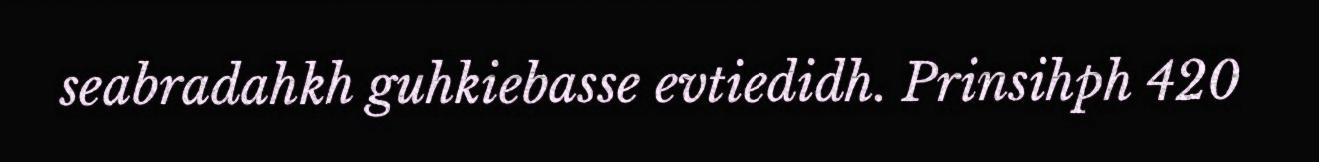
seabradahkh guhkiebasse evtiedidh. Prinsihph 420